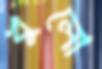
খুলো